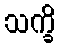
သက္ခိ